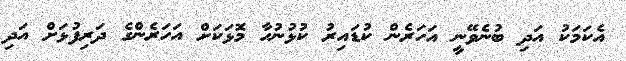
އެކަމަކު އަދި ބުނެވޭނީ އަހަރެން ކުޑައިރު ކުޅުނުހާ މޮޅަކަަށް އަހަރެންގެ ދަރިފުޅަށް އަދި